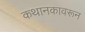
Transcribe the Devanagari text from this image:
कथानकावरून